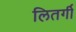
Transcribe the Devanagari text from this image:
लितर्गी